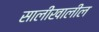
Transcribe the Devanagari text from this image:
सालीखालील